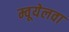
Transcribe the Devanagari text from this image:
म्वूयेलवा